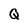
Character: Q